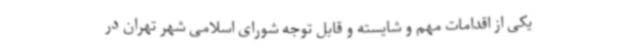
یکی از اقدامات مهم و شایسته و قابل توجه شورای اسلامی شهر تهران در